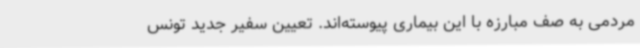
مردمی به صف مبارزه با این بیماری پیوسته‌اند. تعیین سفیر جدید تونس